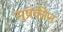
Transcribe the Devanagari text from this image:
मुष्रकीन